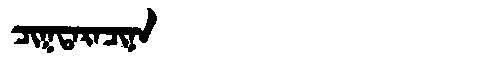
Manchu: ᠴᡳᡴᡨᠠᡵᠠᠴᡳᠨᠠ
Romanization: CIKTARACINA